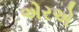
એરએ